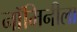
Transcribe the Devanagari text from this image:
नॉमिनीला